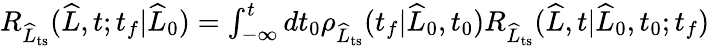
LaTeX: \begin{array}{r}{R_{\widehat{L}_{\mathrm{ts}}}(\widehat{L},t;t_{f}|\widehat{L}_{0})=\int_{-\infty}^{t}dt_{0}\rho_{\widehat{L}_{\mathrm{ts}}}(t_{f}|\widehat{L}_{0},t_{0})R_{\widehat{L}_{\mathrm{ts}}}(\widehat{L},t|\widehat{L}_{0},t_{0};t_{f})}\end{array}